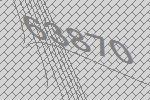
63870